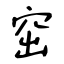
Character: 窋